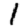
Digit: 1